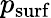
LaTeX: p_{\mathrm{surf}}